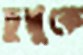
চুন্নুকে